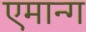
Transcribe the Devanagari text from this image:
एमान्ग